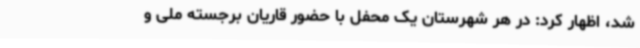
شد، اظهار کرد: در هر شهرستان یک محفل با حضور قاریان برجسته ملی و